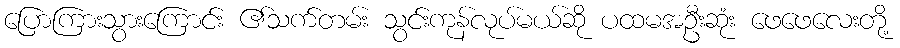
ပြောကြားသွားကြောင်း ၏သက်တမ်း သွင်းကုန်လုပ်မယ်ဆို ပထမအဦးဆုံး ဖေဖေလေးတို့